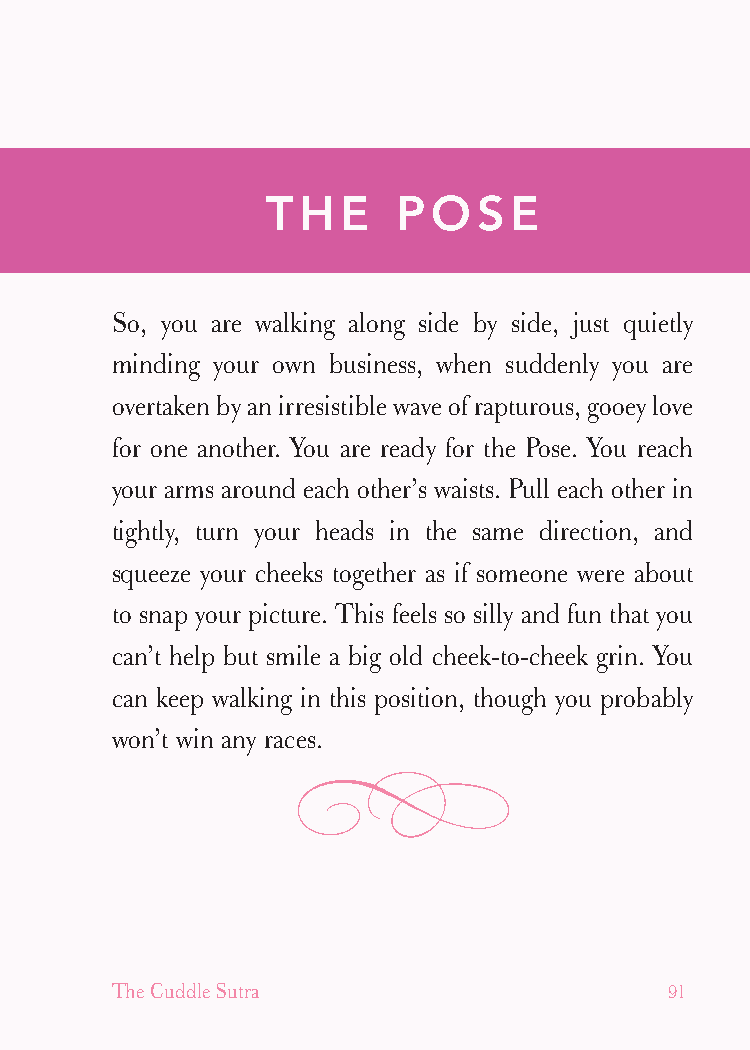
cudllesutra_internals1 7/16/07 2:51 PM Page 91
 THE     POSE
 So, you are walking along side by side, just quietly
 minding your own business, when suddenly you are
 overtaken by an irresistible wave of rapturous, gooey love
 for one another. You are ready for the Pose. You reach
 your arms around each other’s waists. Pull each other in
 tightly, turn your heads in the same direction, and
 squeeze your cheeks together as if someone were about
 to snap your picture. This feels so silly and fun that you
 can’t help but smile a big old cheek-to-cheek grin. You
 can keep walking in this position, though you probably
 won’t win any races.
 The Cuddle Sutra                     91